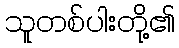
သူတစ်ပါးတို့၏